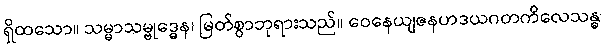
ရှိထသော။ သမ္မာသမ္ဗုဒ္ဓေန၊ မြတ်စွာဘုရားသည်။ ဝေနေယျဇနဟဒယဂတကိလေသန္ဓ